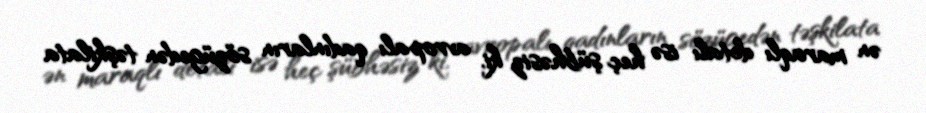
ən maraqlı detalı isə heç şübhəsiz ki, avropalı qadınların sözügedən təşkilata